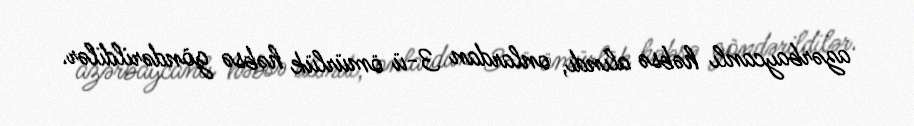
azərbaycanlı həbsə alındı, onlardan 3-ü ömürlük həbsə göndərildilər.